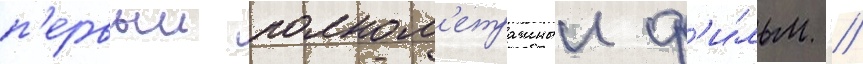
п'ервыи полном'етражныи ф'и́льм /